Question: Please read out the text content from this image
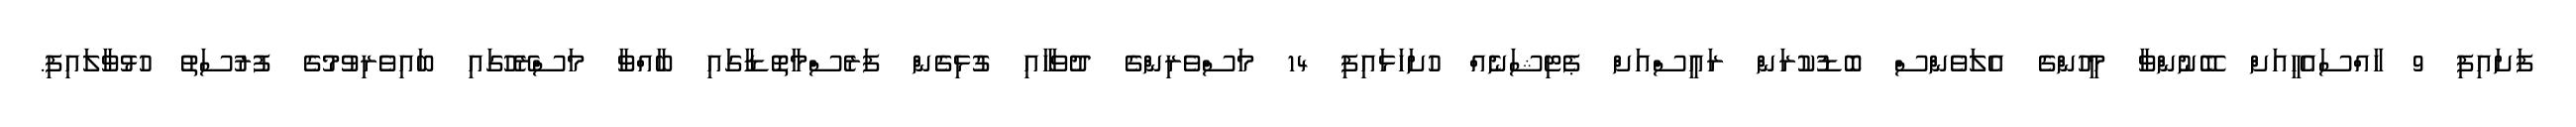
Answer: ފަށައިފި 9 ހާއްސައެހީއަށް ބޭނުންވާ މީހުންގެ އެލަވެންސް ބޮޑުކުރަން ރައީސްއަށް ޕެޓިޝަނެއް ހުށަހަޅައިފި 14 މަސްވެރިންގެ ދުވަހާއި ގުޅިގެން ފަރެސްމާތޮޑާގައި ބާއްވާ މަސްރޭހުގައި ބައިވެރިވުމުގެ ފުރުސަތު ހުޅުވާލައިފި.